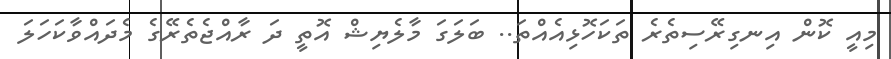
މިއީ ކޮން އިނގިރޭސިތެރެ ތަކަހޮޅިއެއްތަ.. ބަލަގަ މާލެޔިޝް އޮތީ ދަ ރާއްޖެތެރޭގެ މެދައްވާކަހަލަ